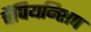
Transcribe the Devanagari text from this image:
चैंपियन्शिप